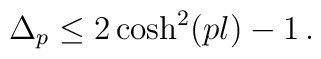
\Delta_p \leq 2 \cosh^2(p l) -1 \,.